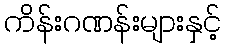
ကိန်းဂဏန်းများနှင့်